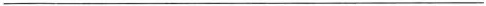
___